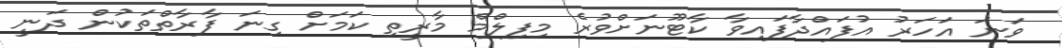
ވަނަ އަހަރު އުފައްދާފައިވާ ކާޓޫނަށްވުރެ މިފިލްމް މާރީތި ކަމަށް ގިނަ ފާރާތްތަކުން ދަނީ